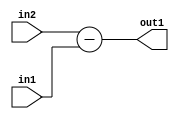
`timescale 1ps / 1ps
/*****************************************************************************
    Verilog RTL Description
    
    
    Created by: Stratus DpOpt 2019.1.01 
*******************************************************************************/

module in_buff_Sub_3Ux1U_3S_4 (
	in2,
	in1,
	out1
	); /* architecture "behavioural" */ 
input [2:0] in2;
input  in1;
output [2:0] out1;
wire [2:0] asc001;

assign asc001 = 
	+(in2)
	-(in1);

assign out1 = asc001;
endmodule

/* CADENCE  ubDzQg0= : u9/ySgnWtBlWxVPRXgAZ4Og= ** DO NOT EDIT THIS LINE ******/